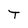
Character: T